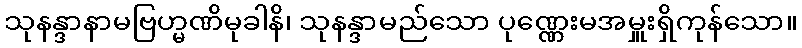
သုနန္ဒာနာမဗြဟ္မဏိမုခါနိ၊ သုနန္ဒာမည်သော ပုဏ္ဏေးမအမှူးရှိကုန်သော။